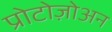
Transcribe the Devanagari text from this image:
प्रोटोज़ोअन